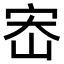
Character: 𫳁